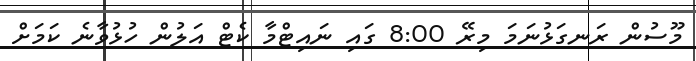
މޫސުން ރަނގަޅުނަމަ މިރޭ 8:00 ގައި ނައިޓްމާ ކެޓް އަލުން ހުޅުވާނެ ކަމަށް